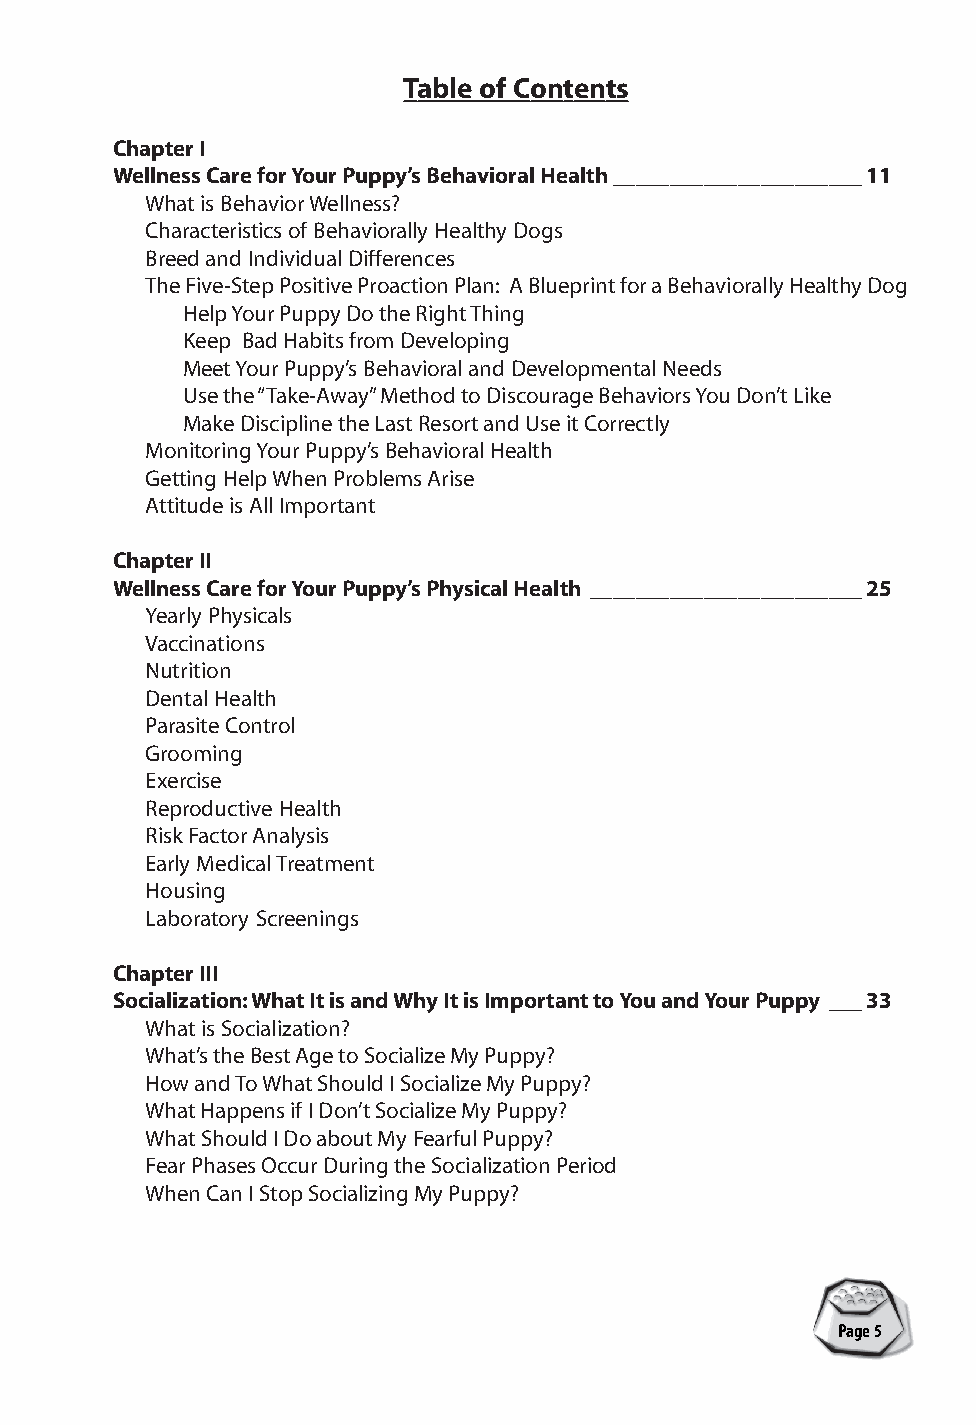
Table of Contents
 Chapter I
 Wellness Care for Your Puppy’s Behavioral Health______________________11
 What is Behavior Wellness?
 Characteristics of Behaviorally Healthy Dogs
 Breed and Individual Differences
 The Five-Step Positive Proaction Plan: A Blueprint for a Behaviorally Healthy Dog
 Help Your Puppy Do the Right Thing
 Keep Bad Habits from Developing
 Meet Your Puppy’s Behavioral and Developmental Needs
 Use the “Take-Away” Method to Discourage Behaviors You Don’t Like
 Make Discipline the Last Resort and Use it Correctly
 Monitoring Your Puppy’s Behavioral Health
 Getting Help When Problems Arise
 Attitude is All Important
 Chapter II
 Wellness Care for Your Puppy’s Physical Health ________________________25
 Yearly Physicals
 Vaccinations
 Nutrition
 Dental Health
 Parasite Control
 Grooming
 Exercise
 Reproductive Health
 Risk Factor Analysis
 Early Medical Treatment
 Housing
 Laboratory Screenings
 Chapter III
 Socialization: What It is and Why It is Important to You and Your Puppy ___33
 What is Socialization?
 What’s the Best Age to Socialize My Puppy?
 How and To What Should I Socialize My Puppy?
 What Happens if I Don’t Socialize My Puppy?
 What Should I Do about My Fearful Puppy?
 Fear Phases Occur During the Socialization Period
 When Can I Stop Socializing My Puppy?
 A Pet Parenting Guide
 Page 5